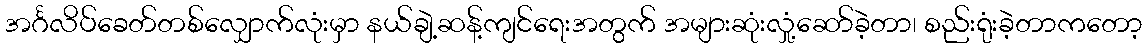
အင်္ဂလိပ်ခေတ်တစ်လျှောက်လုံးမှာ နယ်ချဲ့ဆန့်ကျင်ရေးအတွက် အများဆုံးလှုံ့ဆော်ခဲ့တာ၊ စည်းရုံးခဲ့တာကတော့